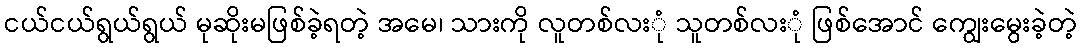
ငယ်ငယ်ရွယ်ရွယ် မုဆိုးမဖြစ်ခဲ့ရတဲ့ အမေ၊ သားကို လူတစ်လးုံ သူတစ်လးုံ ဖြစ်အောင် ကျွေးမွေးခဲ့တဲ့